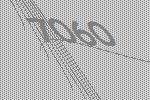
7060